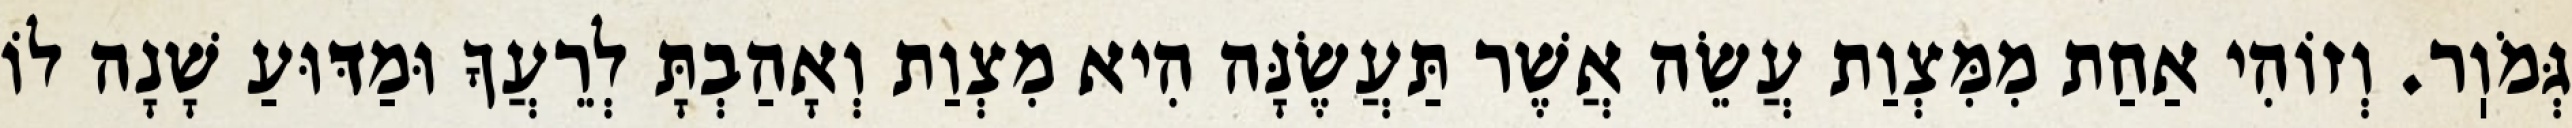
גְּמֹוֽר. וְזוֹהִי אַחַת מִמִּצְוַת עֲשֵׂה אֲשֶׁר תַּעֲשֶׂנָּה הִיא מִצְוַת וְאָהַבְתָּ לְרֵעֲךָ וּמַדּוּעַ שָׁנָה לוֹ